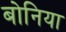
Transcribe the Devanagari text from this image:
बोनिया